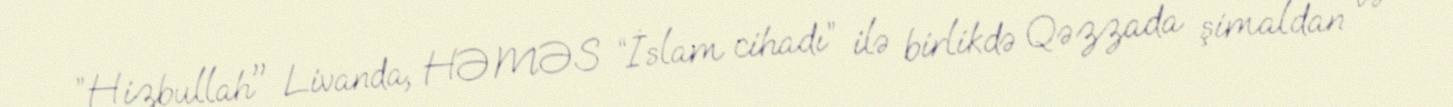
”Hizbullah" Livanda, HƏMƏS “İslam cihadı” ilə birlikdə Qəzzada şimaldan və